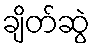
ချိတ်ဆွဲ